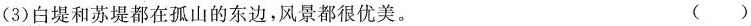
(3)白堤和苏堤都在孤山的东边，风景都很优美。 ()